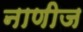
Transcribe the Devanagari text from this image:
नाणीज